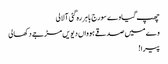
چھپ گیا وے سورج باہر رہ گئی آ لالی
وے میں صدقے ہوواں دیویں مڑ جے دکھالی
پیرا!